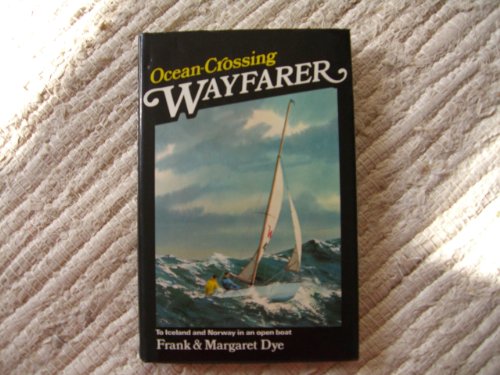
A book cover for Ocean-crossing Wayfarer: To Norway and Iceland in an Open Boat; Frank Dye; Travel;